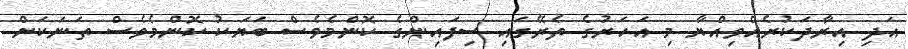
އަދި އިރާދަކުރެއްވިއްޔާ މި އަހަރުގެ ތެރޭގައި ސިފައިންގެ ކޮންމެވެސް ބަޔަކު ކޮންމެވެސް ތަނަކަށް